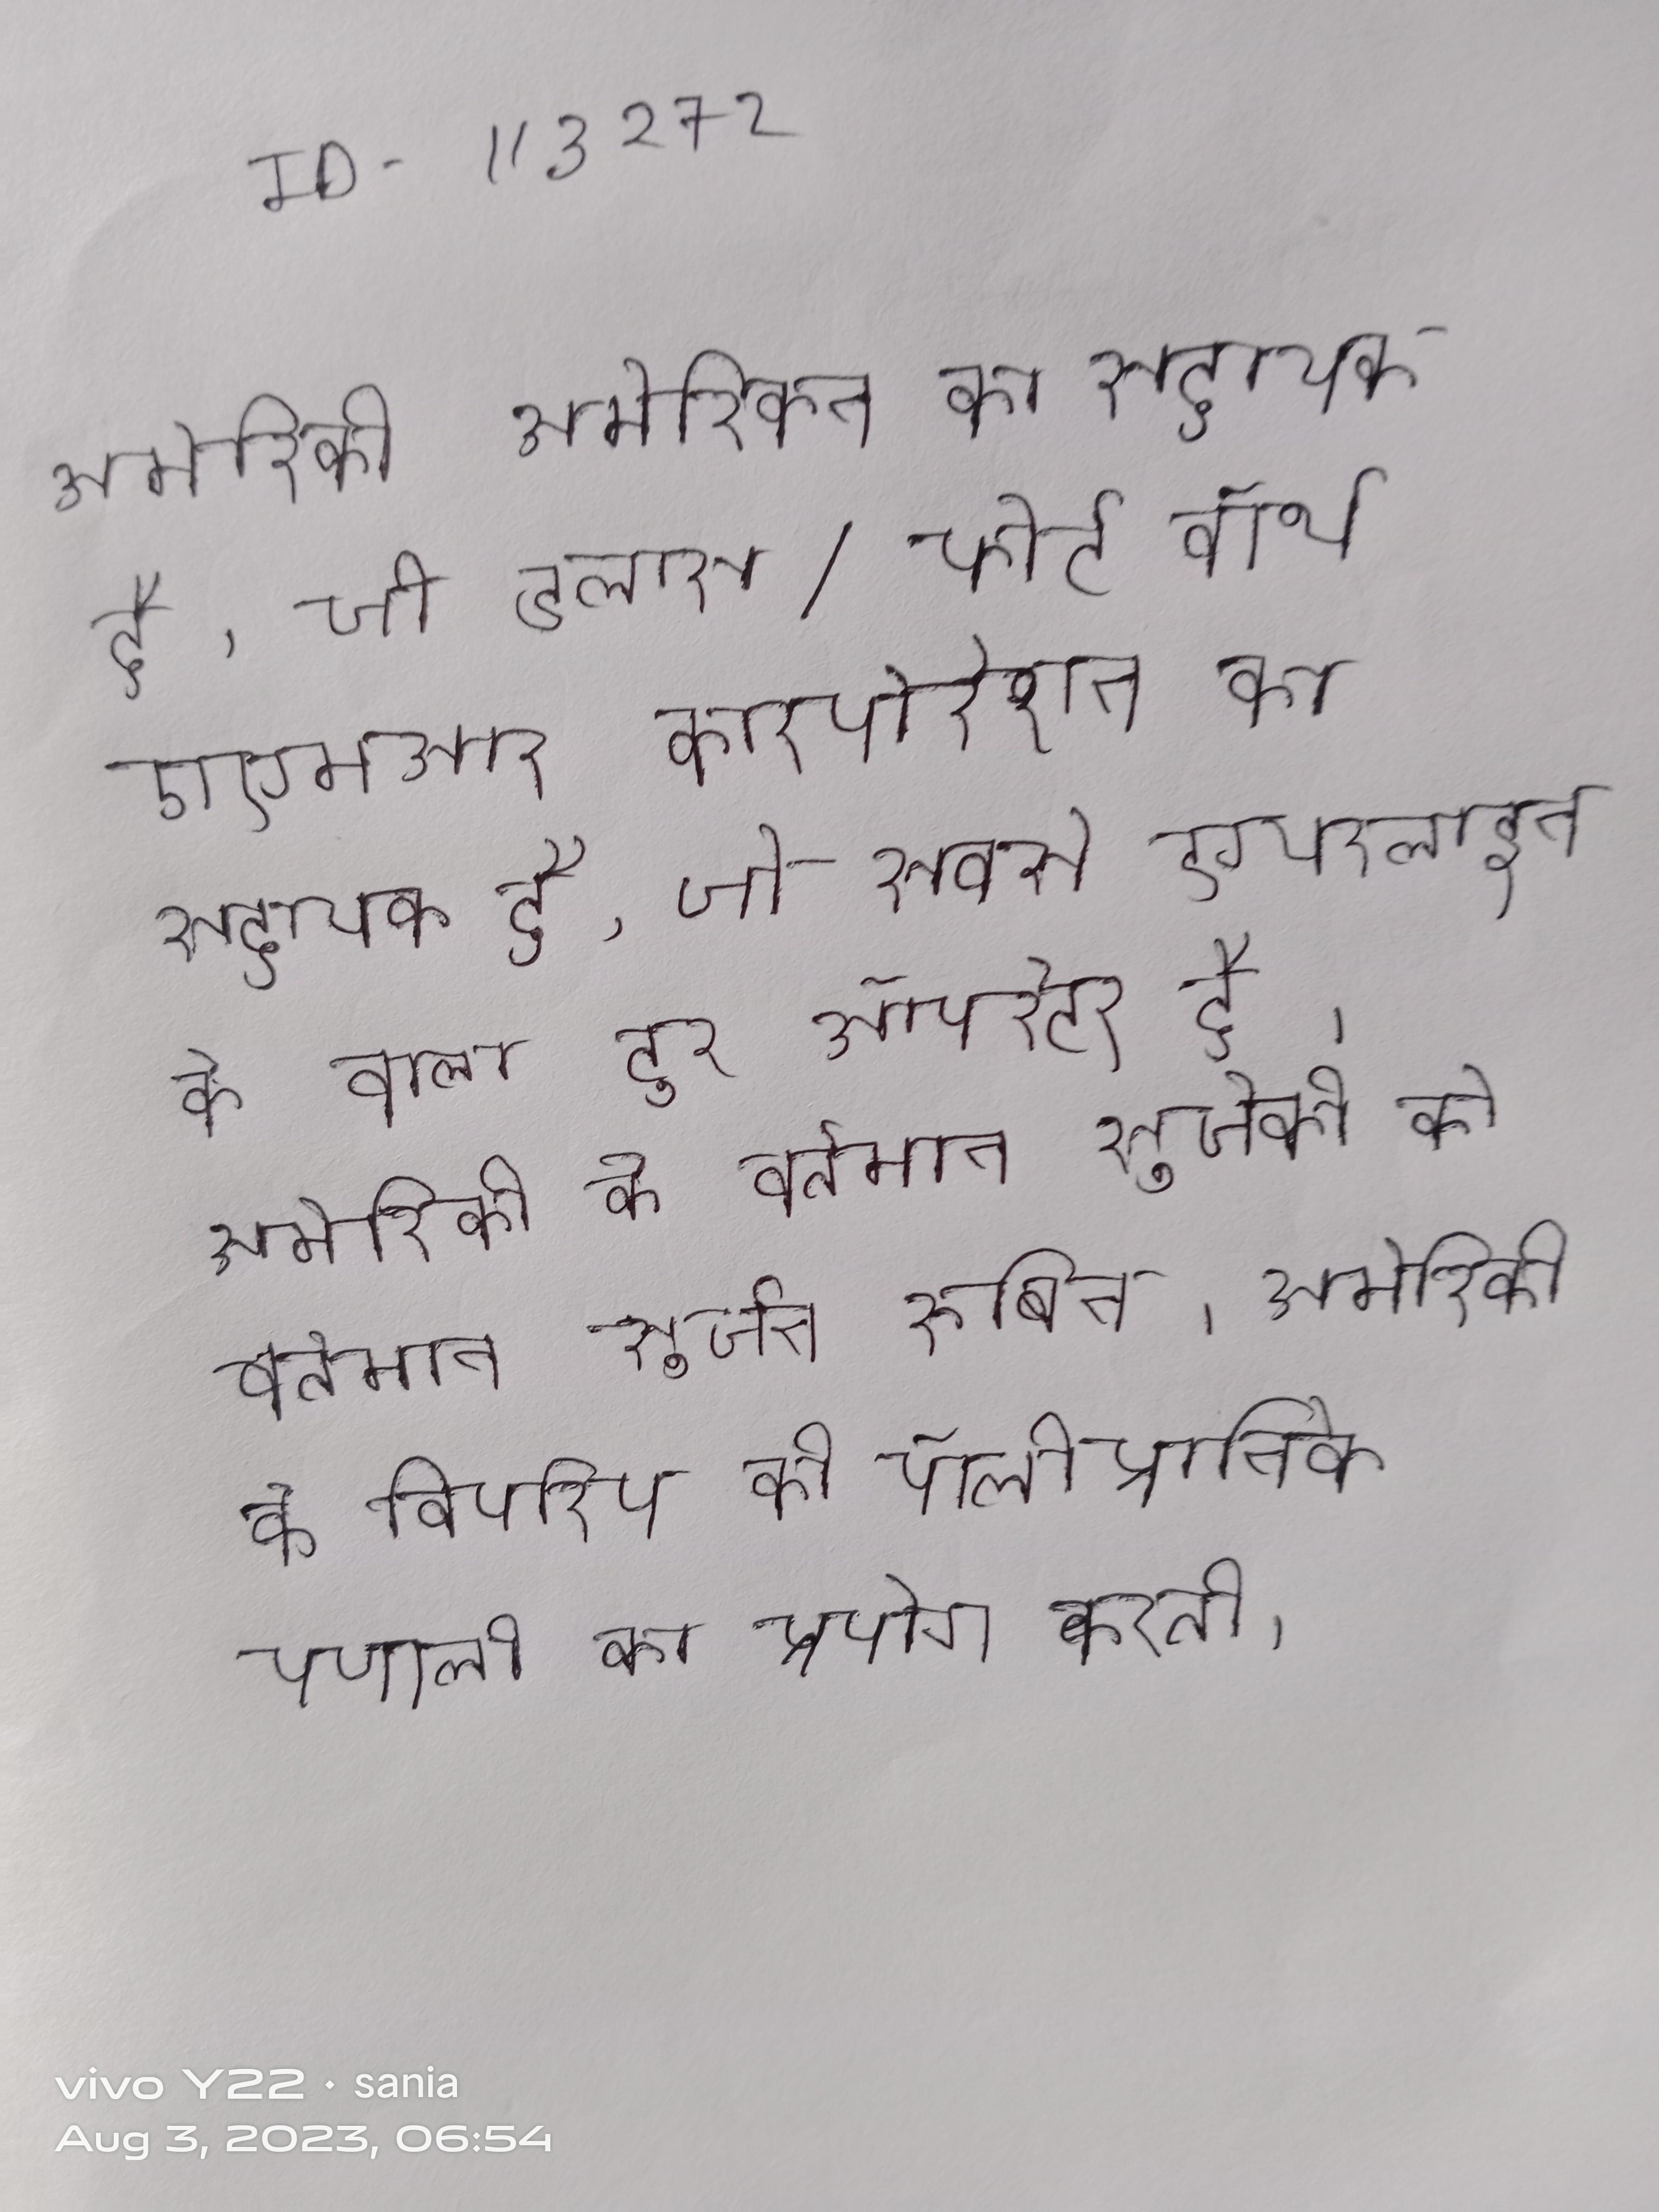
अमेरिकी अमेरिकन का सहायक है, जो डलास/फोर्ट वॉर्थ एएमआर कारपोरेशन का सहायक है, जो सबसे एयरलाइन के वाला टूर ऑपरेटर है । अमेरिकी के वर्तमान सुजेन रूबिन । अमेरिकी ज्यादातर उत्तरी पश्चिमी यूरोपीय के विपरीत लैटिन अमेरिकी अरबी समय की पॉलीक्रॉनिक प्रणाली का प्रयोग करती ।